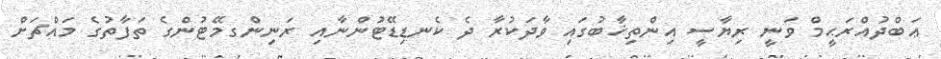
ޢަބްދުއްރަޙީމް ވަނީ ރިޔާސީ އިންތިޚާބުގައި ވާދަކުރާ ދެ ކެނޑިޑޭޓުންނާއި ރަނިންގމޭޓުންގެ ތަފާތުގެ މައްޗަށް